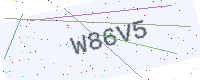
Text: W86V5